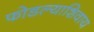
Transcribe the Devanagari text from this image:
फोडल्याशिवाय